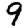
Digit: 9